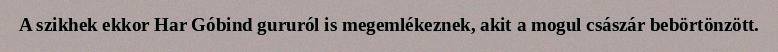
A szikhek ekkor Har Góbind gururól is megemlékeznek, akit a mogul császár bebörtönzött.